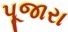
પૂજારા